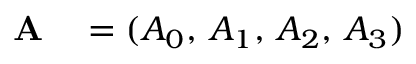
\begin{array} { r l } { \mathbf { A } } & { { } = ( A _ { 0 } , \, A _ { 1 } , \, A _ { 2 } , \, A _ { 3 } ) } \end{array}